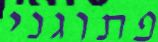
פתוגני